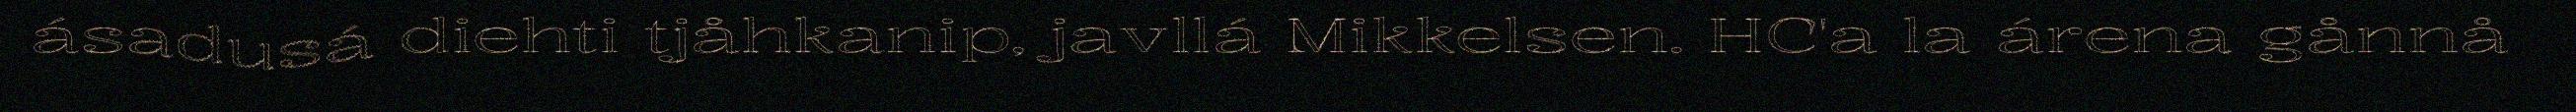
ásadusá diehti tjåhkanip, javllá Mikkelsen. HC'a la árena gånnå